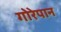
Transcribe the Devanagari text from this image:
गोरेपान